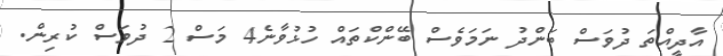
އާދީއްތަ ދުވަސް ބަންދު ނަމަވެސް ބޭންކްތައް ހުޅުވާނެ4 މަސް 2 ދުވަސް ކުރިން.